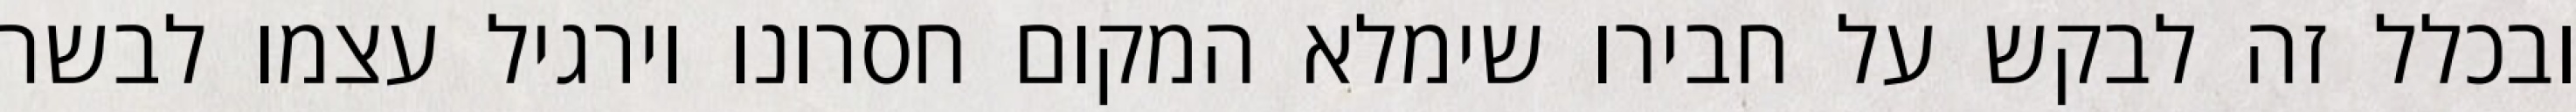
ובכלל זה לבקש על חבירו שימלא המקום חסרונו וירגיל עצמו לבשר